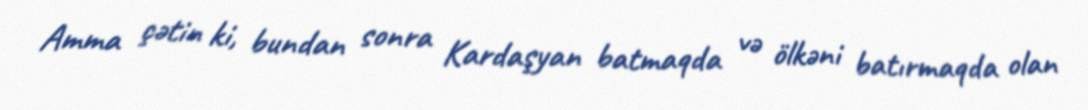
Amma çətin ki, bundan sonra Kardaşyan batmaqda və ölkəni batırmaqda olan